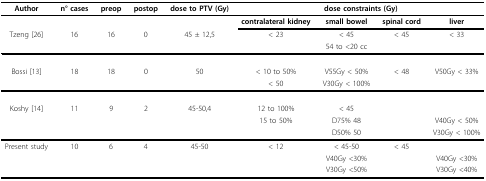
<table><thead><tr><td><b>Author</b></td><td><b>n° cases</b></td><td><b>preop</b></td><td><b>postop</b></td><td><b>dose to PTV (Gy)</b></td><td colspan="4"><b>dose constraints (Gy)</b></td></tr></thead><tbody><tr><td></td><td></td><td></td><td></td><td></td><td><b>contralateral kidney</b></td><td><b>small bowel</b></td><td><b>spinal cord</b></td><td><b>liver</b></td></tr><tr><td>Tzeng [26]</td><td>16</td><td>16</td><td>0</td><td>45 ± 12,5</td><td>&lt; 23</td><td>&lt; 45</td><td>&lt; 45</td><td>&lt; 33</td></tr><tr><td></td><td></td><td></td><td></td><td></td><td></td><td>54 to &lt;20 cc</td><td></td><td></td></tr><tr><td>Bossi [13]</td><td>18</td><td>18</td><td>0</td><td>50</td><td>&lt; 10 to 50%</td><td>V55Gy &lt; 50%</td><td>&lt; 48</td><td>V50Gy &lt; 33%</td></tr><tr><td></td><td></td><td></td><td></td><td></td><td>&lt; 50</td><td>V30Gy &lt; 100%</td><td></td><td></td></tr><tr><td>Koshy [14]</td><td>11</td><td>9</td><td>2</td><td>45-50,4</td><td>12 to 100%</td><td>&lt; 45</td><td></td><td></td></tr><tr><td></td><td></td><td></td><td></td><td></td><td>15 to 50%</td><td>D75% 48</td><td></td><td>V40Gy &lt; 50%</td></tr><tr><td></td><td></td><td></td><td></td><td></td><td></td><td>D50% 50</td><td></td><td>V30Gy &lt; 100%</td></tr><tr><td>Present study</td><td>10</td><td>6</td><td>4</td><td>45-50</td><td>&lt; 12</td><td>&lt; 45-50</td><td>&lt; 45</td><td></td></tr><tr><td></td><td></td><td></td><td></td><td></td><td></td><td>V40Gy &lt;30%</td><td></td><td>V40Gy &lt;30%</td></tr><tr><td></td><td></td><td></td><td></td><td></td><td></td><td>V30Gy &lt;50%</td><td></td><td>V30Gy &lt;40%</td></tr></tbody></table>